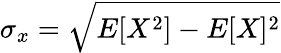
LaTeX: \sigma_{x}=\sqrt{E[X^{2}]-E[X]^{2}}